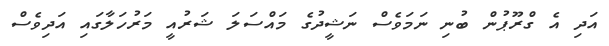
އަދި އެ ގްރޫޕުން ބުނި ނަމަވެސް ނަޝީދުގެ މައްސަލަ ޝަރުއީ މަރުހަލާގައި އަދިވެސް